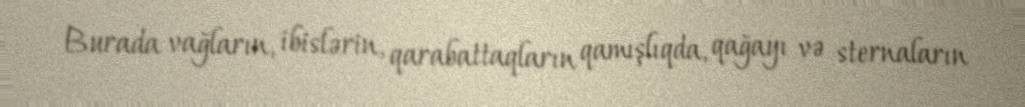
Burada vağların, ibislərin, qarabattaqların qamışlıqda, qağayı və sternaların